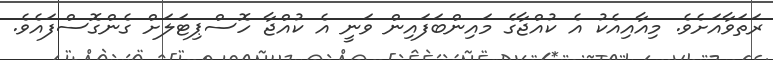
ރަތަވާއަށެވެ. މިއާއިއެކު އެ ކުއްޖާގެ މައިންބަފައިން ވަނީ އެ ކުއްޖާ ހޮސްޕިޓަލަށް ގެންގޮސްފައެވެ.